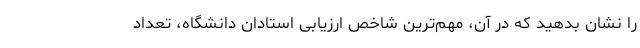
را نشان بدهید که در آن، مهم‌ترین شاخص ارزیابی استادان دانشگاه، تعداد